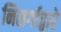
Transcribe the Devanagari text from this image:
निसर्गाद्वारे